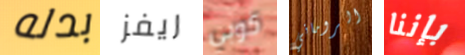
بدله ريفز كوبي الروماني بإننا